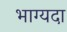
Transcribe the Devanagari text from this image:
भाग्यदा